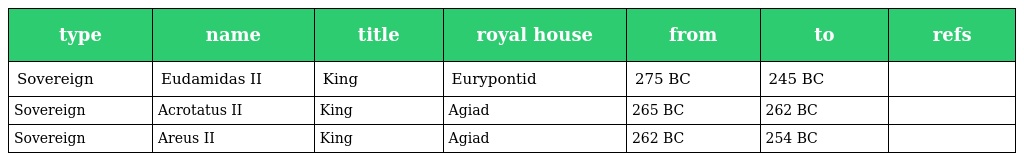
| type | name | title | royal house | from | to | refs |
 | --- | --- | --- | --- | --- | --- | --- |
 | Sovereign | Eudamidas II | King | Eurypontid | 275 BC | 245 BC |  |
 | Sovereign | Acrotatus II | King | Agiad | 265 BC | 262 BC |  |
 | Sovereign | Areus II | King | Agiad | 262 BC | 254 BC |  |